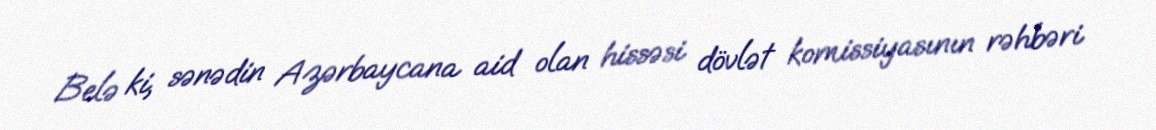
Belə ki, sənədin Azərbaycana aid olan hissəsi dövlət komissiyasının rəhbəri